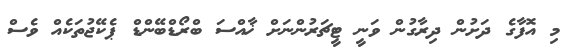
މި އޮފާގެ ދަށުން ދިރާގުން ވަނީ ޓީޗަރުންނަށް ޚާއްސަ ބްރޯޑްބޭންޑް ޕެކޭޖުތަކެއް ވެސް